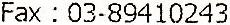
FAX : 03-89410243